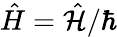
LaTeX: \hat{H}=\hat{\mathcal{H}}/\hbar